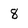
Character: 8